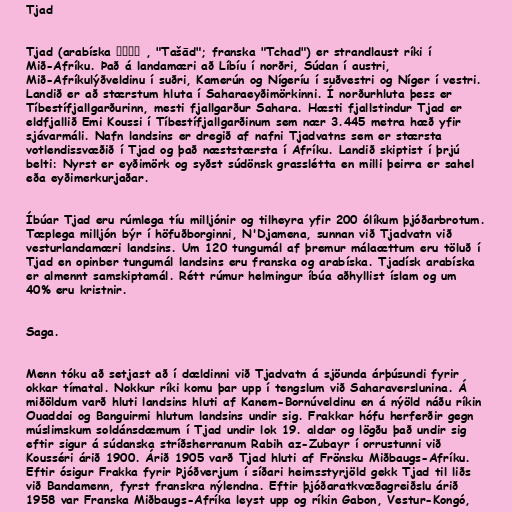
Tjad

Tjad (arabíska تشاد , "Tašād"; franska "Tchad") er strandlaust ríki í
Mið-Afríku. Það á landamæri að Líbíu í norðri, Súdan í austri,
Mið-Afríkulýðveldinu í suðri, Kamerún og Nígeríu í suðvestri og Níger í vestri.
Landið er að stærstum hluta í Saharaeyðimörkinni. Í norðurhluta þess er
Tíbestífjallgarðurinn, mesti fjallgarður Sahara. Hæsti fjallstindur Tjad er
eldfjallið Emi Koussi í Tíbestífjallgarðinum sem nær 3.445 metra hæð yfir
sjávarmáli. Nafn landsins er dregið af nafni Tjadvatns sem er stærsta
votlendissvæðið í Tjad og það næststærsta í Afríku. Landið skiptist í þrjú
belti: Nyrst er eyðimörk og syðst súdönsk grasslétta en milli þeirra er sahel
eða eyðimerkurjaðar.

Íbúar Tjad eru rúmlega tíu milljónir og tilheyra yfir 200 ólíkum þjóðarbrotum.
Tæplega milljón býr í höfuðborginni, N'Djamena, sunnan við Tjadvatn við
vesturlandamæri landsins. Um 120 tungumál af þremur málaættum eru töluð í
Tjad en opinber tungumál landsins eru franska og arabíska. Tjadísk arabíska
er almennt samskiptamál. Rétt rúmur helmingur íbúa aðhyllist íslam og um
40% eru kristnir.

Saga.

Menn tóku að setjast að í dældinni við Tjadvatn á sjöunda árþúsundi fyrir
okkar tímatal. Nokkur ríki komu þar upp í tengslum við Saharaverslunina. Á
miðöldum varð hluti landsins hluti af Kanem-Bornúveldinu en á nýöld náðu ríkin
Ouaddai og Banguirmi hlutum landsins undir sig. Frakkar hófu herferðir gegn
múslimskum soldánsdæmum í Tjad undir lok 19. aldar og lögðu það undir sig
eftir sigur á súdanska stríðsherranum Rabih az-Zubayr í orrustunni við
Kousséri árið 1900. Árið 1905 varð Tjad hluti af Frönsku Miðbaugs-Afríku.
Eftir ósigur Frakka fyrir Þjóðverjum í síðari heimsstyrjöld gekk Tjad til liðs
við Bandamenn, fyrst franskra nýlendna. Eftir þjóðaratkvæðagreiðslu árið
1958 var Franska Miðbaugs-Afríka leyst upp og ríkin Gabon, Vestur-Kongó,